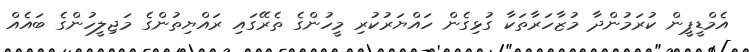
އެމްޑީޕީން ކުރަމުންދާ މުޒާހަރާތަކާ ގުޅިގެން ހައްޔަރުކުރި މީހުންގެ ތެރޭގައި ރައްޔިތުންގެ މަޖިލީހުންގެ ބައެއް